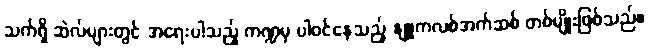
သက်ရှိ ဆဲလ်များတွင် အရေးပါသည့် ကဏ္ဍမှ ပါဝင်နေသည့် နျူကလစ်အက်ဆစ် တစ်မျိုးဖြစ်သည်။